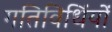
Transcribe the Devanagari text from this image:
गतिविधिंयों